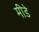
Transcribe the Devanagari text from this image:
मीडे